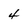
Character: 4